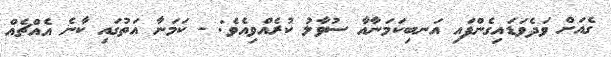
ގެއަށް ވަދެވަޑައިގެންފައި އަނބިކަމަނާއާ ސުވާލު ކުރެއްވިއެވެ: - ކަމަނާ އަތުގައި ކާނެ އެއްޗެއް